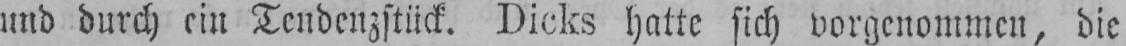
und durch ein Tendenzstück. Dicks hatte sich vorgenommen, die